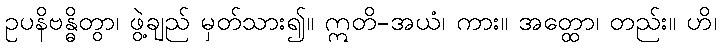
ဥပနိဗန္ဓိတွာ၊ ဖွဲ့ချည် မှတ်သား၍။ ဣတိ-အယံ၊ ကား။ အတ္ထော၊ တည်း။ ဟိ၊